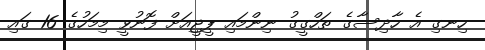
ހިނގި އެ ހާދިސާގެ ތަހްގީގު ނިންމައި ޕީޖީއަށް ފޮނުވީ މިމަހުގެ 16 ގައި